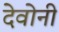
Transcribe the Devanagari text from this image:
देवोनी